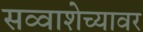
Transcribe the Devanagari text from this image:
सव्वाशेच्यावर